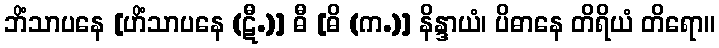
ဘိံသာပနေ [ဟိံသာပနေ (ဋီ.)] ဓီ [ဓိ (က.)] နိန္ဒာယံ၊ ပိဓာနေ တိရိယံ တိရော။